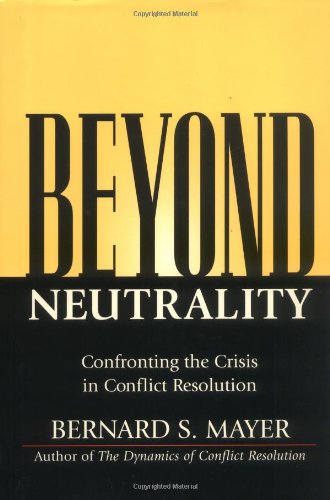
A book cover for Beyond Neutrality: Confronting the Crisis in Conflict Resolution; Bernard Mayer; Law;